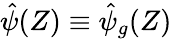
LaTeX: \hat{\psi}(Z)\equiv\hat{\psi}_{g}(Z)